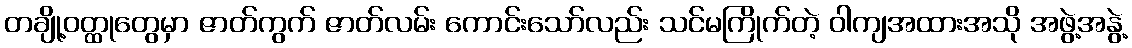
တချို့ဝတ္ထုတွေမှာ ဇာတ်ကွက် ဇာတ်လမ်း ကောင်းသော်လည်း သင်မကြိုက်တဲ့ ဝါကျအထားအသို အဖွဲ့အနွဲ့